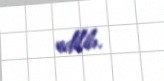
edilib.